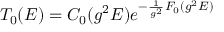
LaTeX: { \cal T } _ { 0 } ( E ) = C _ { 0 } ( g ^ { 2 } E ) e ^ { - \frac { 1 } { g ^ { 2 } } F _ { 0 } ( g ^ { 2 } E ) }